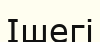
Ішегі